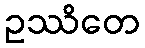
ဥဿိတေ